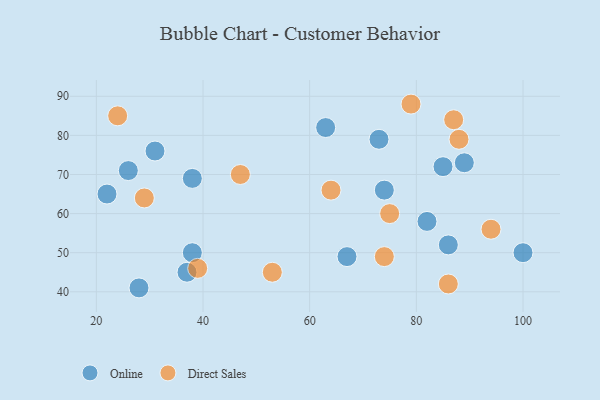
{"axis": {"x": "GDP", "y": "Life Expectancy"}, "legend": ["Direct Sales", "Online"], "data": [{"x": "31", "y": 76, "type": "Online"}, {"x": "74", "y": 66, "type": "Online"}, {"x": "38", "y": 69, "type": "Online"}, {"x": "100", "y": 50, "type": "Online"}, {"x": "89", "y": 73, "type": "Online"}, {"x": "22", "y": 65, "type": "Online"}, {"x": "85", "y": 72, "type": "Online"}, {"x": "86", "y": 52, "type": "Online"}, {"x": "26", "y": 71, "type": "Online"}, {"x": "67", "y": 49, "type": "Online"}, {"x": "37", "y": 45, "type": "Online"}, {"x": "63", "y": 82, "type": "Online"}, {"x": "38", "y": 50, "type": "Online"}, {"x": "28", "y": 41, "type": "Online"}, {"x": "82", "y": 58, "type": "Online"}, {"x": "73", "y": 79, "type": "Online"}, {"x": "24", "y": 85, "type": "Direct Sales"}, {"x": "39", "y": 46, "type": "Direct Sales"}, {"x": "87", "y": 84, "type": "Direct Sales"}, {"x": "47", "y": 70, "type": "Direct Sales"}, {"x": "86", "y": 42, "type": "Direct Sales"}, {"x": "75", "y": 60, "type": "Direct Sales"}, {"x": "94", "y": 56, "type": "Direct Sales"}, {"x": "74", "y": 49, "type": "Direct Sales"}, {"x": "79", "y": 88, "type": "Direct Sales"}, {"x": "53", "y": 45, "type": "Direct Sales"}, {"x": "64", "y": 66, "type": "Direct Sales"}, {"x": "88", "y": 79, "type": "Direct Sales"}, {"x": "29", "y": 64, "type": "Direct Sales"}]}